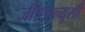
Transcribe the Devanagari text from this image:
जीएडब्ल्यूसी